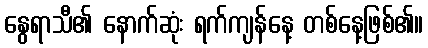
နွေရာသီ၏ နောက်ဆုံး ရက်ကျန်နေ့ တစ်နေ့ဖြစ်၏။